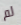
لم